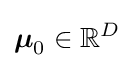
{\boldsymbol {\mu }}_{0}\in \mathbb {R} ^{D}